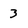
Character: 3